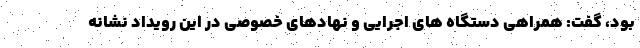
بود، گفت: همراهی دستگاه های اجرایی و نهادهای خصوصی در این رویداد نشانه